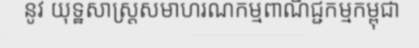
នូវ យុទ្ឋសាស្ត្រសមាហរណកម្មពាណិជ្ជកម្មកម្ពុជា